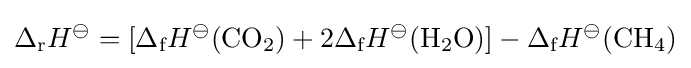
\Delta _{\text{r}}H^{\ominus }=[\Delta _{\text{f}}H^{\ominus }({\text{CO}}_{2})+2\Delta _{\text{f}}H^{\ominus }({\text{H}}_{2}{}{\text{O}})]-\Delta _{\text{f}}H^{\ominus }({\text{CH}}_{4})